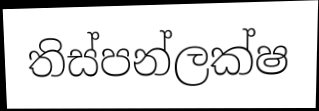
තිස්පන්ලක්ෂ